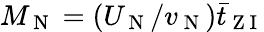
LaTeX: M_{\mathrm{~N~}}=(U_{\mathrm{~N~}}/v_{\mathrm{~N~}})\bar{t}_{\mathrm{~Z~I~}}